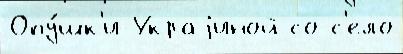
Опу́шк'и Украjиной со с'ело